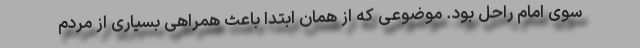
سوی امام راحل بود. موضوعی که از همان ابتدا باعث همراهی بسیاری از مردم